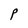
Character: P